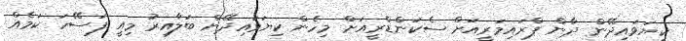
ކިޔަވައިދޭން ދާން ޕްރައިމަރީއަށް ސެކަންޑްރީއަށް މިހެން ކިޔަވައިދޭން ބަލާއިރު މިއީ ފަސޭހަ ކަމެއް